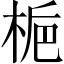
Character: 梔